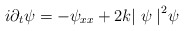
\begin{align*}i{\partial_t}\psi = -\psi_{xx} + 2 k {\mid \psi \mid}^2 \psi\end{align*}